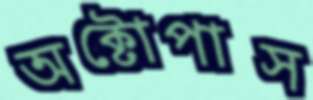
অক্টোপাস